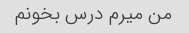
من میرم درس بخونم